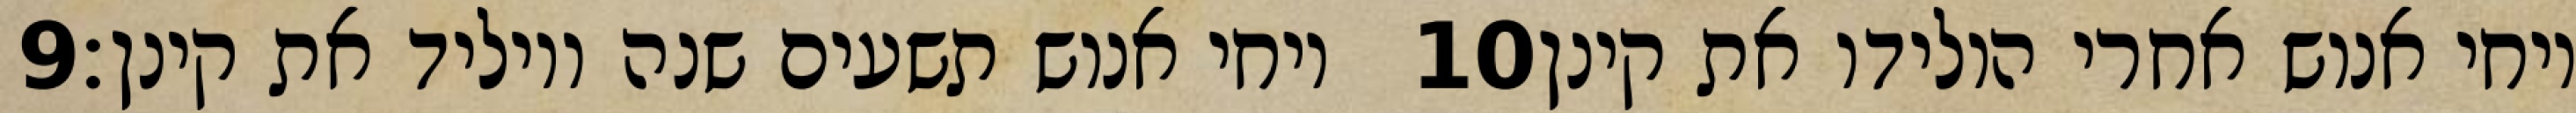
‎9‏ ויחי אנוש תשעים שנה ויוליד את קינן׃ ‎10‏ ויחי אנוש אחרי הולידו את קינן